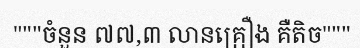
"""ចំនួន ៧៧,៣ លានគ្រឿង គឺតិច"""